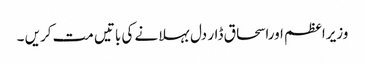
وزیراعظم اوراسحاق ڈار دل بہلانے کی باتیں مت کریں ۔